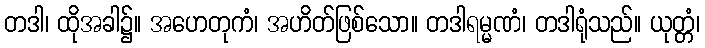
တဒါ၊ ထိုအခါ၌။ အဟေတုကံ၊ အဟိတ်ဖြစ်သော။ တဒါရမ္မဏံ၊ တဒါရုံသည်။ ယုတ္တံ၊